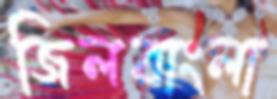
জিলবাংলা